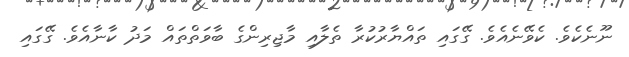
ނޫނެކެވެ. ކެވޭނެއެވެ. ގޭގައި ތައްޔާރުކުރާ ތެލާއި މާޖިރިންގެ ބާވަތްތައް މަދު ކާނާއެވެ. ގޭގައި